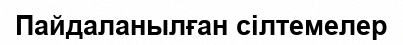
Пайдаланылған сілтемелер